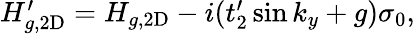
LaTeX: \begin{array}{r}{H_{g,\mathrm{2D}}^{\prime}=H_{g,\mathrm{2D}}-i(t_{2}^{\prime}\sin k_{y}+g)\sigma_{0},}\end{array}